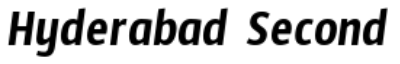
Hyderabad Second